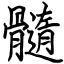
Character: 髓